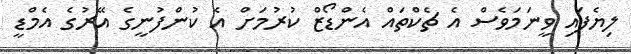
ލިޔެފައި ވީނަމަވެސް އެ ޗެކްތައް އެންޑޯޒް ކުރުމަށް އެ ކުންފުނީގެ އޭރުގެ އެމްޑީ